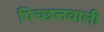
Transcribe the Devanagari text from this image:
पिच्छलवाली